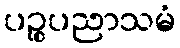
ပဉ္စပညာသမံ